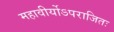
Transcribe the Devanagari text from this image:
महावीर्योऽपराजितः